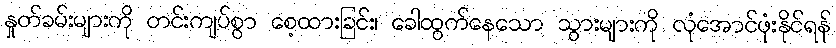
နှုတ်ခမ်းများကို တင်းကျပ်စွာ စေ့ထားခြင်း၊ ခေါထွက်နေသော သွားများကို လုံအောင်ဖုံးနိုင်ရန်